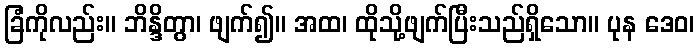
ခြံကိုလည်း။ ဘိန္ဒိတွာ၊ ဖျက်၍။ အထ၊ ထိုသို့ဖျက်ပြီးသည်ရှိသော။ ပုန ဒေဝ၊